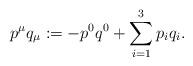
LaTeX: \begin{align*}p^{\mu}q_{\mu}:=-p^0q^0 +\sum_{i=1}^3 p_iq_i .\end{align*}